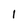
Character: I